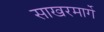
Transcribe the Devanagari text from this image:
साखरमार्गे